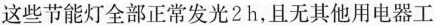
这些节能灯全部正常发光2h，且无其他用电器工